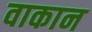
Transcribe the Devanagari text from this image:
वाकान